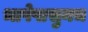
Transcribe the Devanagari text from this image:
भाषेपासुनच